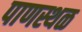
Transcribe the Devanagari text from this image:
पाणस्थळ